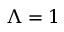
\Lambda = 1